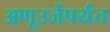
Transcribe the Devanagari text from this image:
अणूउर्जेपर्यंत